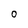
Character: O